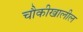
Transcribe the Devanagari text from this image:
चौकीखालील